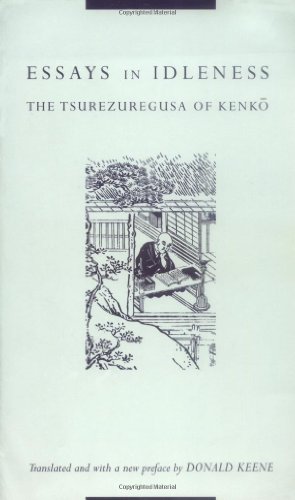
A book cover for Essays in Idleness; Religion & Spirituality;